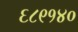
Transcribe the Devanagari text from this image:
६८९१४०